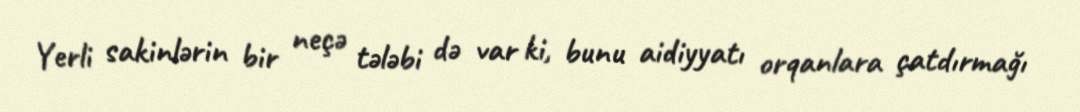
Yerli sakinlərin bir neçə tələbi də var ki, bunu aidiyyatı orqanlara çatdırmağı